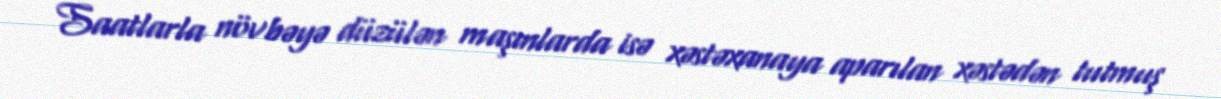
Saatlarla növbəyə düzülən maşınlarda isə xəstəxanaya aparılan xəstədən tutmuş